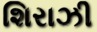
શિરાઝી